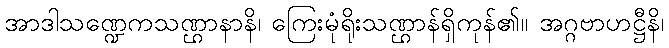
အာဒါသဏ္ဍေကသဏ္ဌာနာနိ၊ ကြေးမုံရိုးသဏ္ဌာန်ရှိကုန်၏။ အဂ္ဂဗာဟဋ္ဌီနိ၊